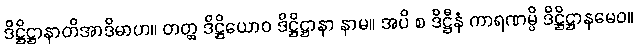
ဒိဋ္ဌိဋ္ဌာနာတိအာဒိမာဟ။ တတ္ထ ဒိဋ္ဌိယောဝ ဒိဋ္ဌိဋ္ဌာနာ နာမ။ အပိ စ ဒိဋ္ဌီနံ ကာရဏမ္ပိ ဒိဋ္ဌိဋ္ဌာနမေဝ။